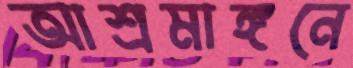
আশ্রমাঙ্গনে